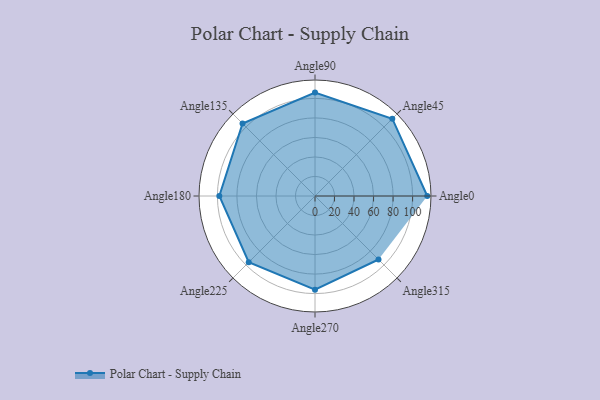
{"axis": {"x": "Angle", "y": "Radius"}, "legend": [""], "data": [{"x": "Angle0", "y": 115.0, "type": ""}, {"x": "Angle45", "y": 112.0, "type": ""}, {"x": "Angle90", "y": 106.0, "type": ""}, {"x": "Angle135", "y": 105.0, "type": ""}, {"x": "Angle180", "y": 98.0, "type": ""}, {"x": "Angle225", "y": 96.0, "type": ""}, {"x": "Angle270", "y": 96.0, "type": ""}, {"x": "Angle315", "y": 92.0, "type": ""}]}